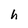
Character: h